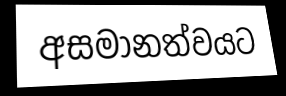
අසමානත්වයට